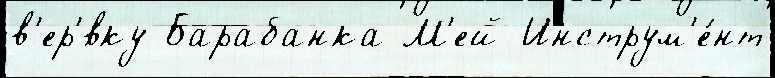
в'ер'́вку Барабанка М'ей Инструм'е́нт